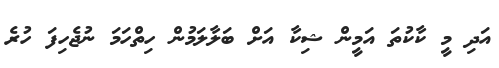
އަދި މީ ކާކުތަ އަމީން ޝިކާ އަށް ބަލާލަމުން ހިތްހަމަ ނުޖެހިފަ ހުރެ